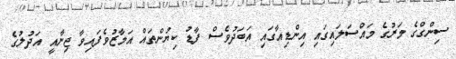
ސިންގްގެ މަރުގެ މައްސަލައިގައި އިންޑިއާގައި އަބަދުވެސް ފާޑު ކިޔުންތައް އަމާޒުވެފައިވާ ޖިނާއީ އަދުލުގެ